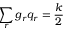
\sum _ { r } g _ { r } q _ { r } = \frac { k } { 2 }